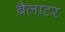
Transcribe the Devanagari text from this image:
बैलाटर